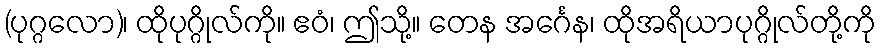
(ပုဂ္ဂလော)၊ ထိုပုဂ္ဂိုလ်ကို။ ဧဝံ၊ ဤသို့။ တေန အင်္ဂေန၊ ထိုအရိယာပုဂ္ဂိုလ်တို့ကို